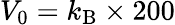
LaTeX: V_{0}=k_{\mathrm{B}}\times 200